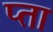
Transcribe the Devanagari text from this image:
प्ता